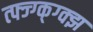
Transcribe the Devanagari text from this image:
त्फ्ज्ग्क्ग्क्झ